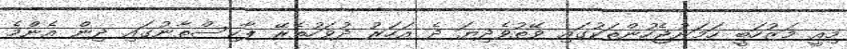
މިއީ މަޒުހަބީ ހަމަނުޖެހުންތަކުގައި ވޭތުވެދިޔަ ދެ އަހަރު ދުވަހުތެރޭ ޕާކިސްތާނުގައި ދިން އެންމެ